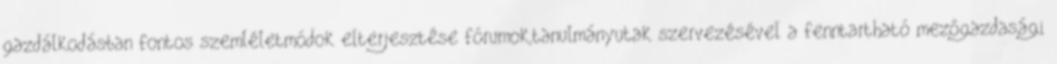
gazdálkodásban fontos szemléletmódok elterjesztése fórumok,tanulmányutak szervezésével a fenntartható mezőgazdasági